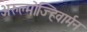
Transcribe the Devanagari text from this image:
अरुल्मोज्हिवार्मन